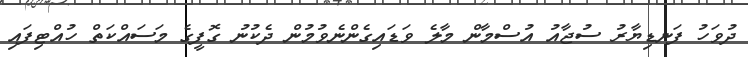
ދުވަހު ފަނޑިޔާރު ސުޖާއު އުސްމާން މާލެ ވަޑައިގެންނެވުމުން ދެކުނު ގޮފީގެ މަސައްކަތް ހުއްޓިފައި